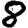
Digit: 8